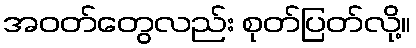
အဝတ်တွေလည်း စုတ်ပြတ်လို့။